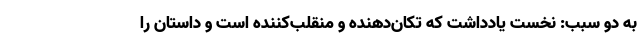
به دو سبب: نخست یادداشت که تکان‌دهنده و منقلب‌کننده است و داستان را